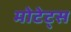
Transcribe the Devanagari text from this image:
मोटेट्स